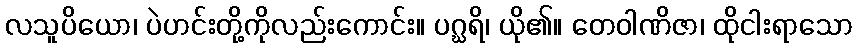
လသူပိယော၊ ပဲဟင်းတို့ကိုလည်းကောင်း။ ပဂ္ဃရိ၊ ယို၏။ တေဝါဏိဇာ၊ ထိုငါးရာသော